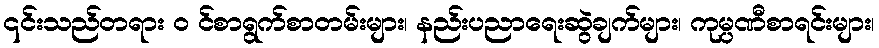
၎င်းသည်တရား ၀ င်စာရွက်စာတမ်းများ၊ နည်းပညာရေးဆွဲချက်များ၊ ကုမ္ပဏီစာရင်းများ၊